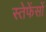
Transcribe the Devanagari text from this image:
स्तेफेंसों